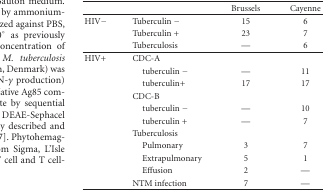
<table><thead><tr><td></td><td></td><td><b>Brussels</b></td><td><b>Cayenne</b></td></tr></thead><tbody><tr><td>HIV−</td><td>Tuberculin −</td><td>15</td><td>6</td></tr><tr><td></td><td>Tuberculin +</td><td>23</td><td>7</td></tr><tr><td></td><td>Tuberculosis</td><td>—</td><td>6</td></tr><tr><td>HIV+</td><td>CDC-A</td><td></td><td></td></tr><tr><td></td><td> tuberculin −</td><td>—</td><td>11</td></tr><tr><td></td><td> tuberculin+</td><td>17</td><td>17</td></tr><tr><td></td><td>CDC-B</td><td></td><td></td></tr><tr><td></td><td> tuberculin −</td><td>—</td><td>10</td></tr><tr><td></td><td> tuberculin +</td><td>—</td><td>7</td></tr><tr><td></td><td>Tuberculosis</td><td></td><td></td></tr><tr><td></td><td> Pulmonary</td><td>3</td><td>7</td></tr><tr><td></td><td> Extrapulmonary</td><td>5</td><td>1</td></tr><tr><td></td><td> Effusion</td><td>2</td><td>—</td></tr><tr><td></td><td>NTM infection</td><td>7</td><td>—</td></tr></tbody></table>